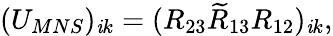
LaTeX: (U_{MNS})_{\mathit{i}k}=(R_{23}\widetilde{{R}}_{13}R_{12})_{\mathit{i}k},